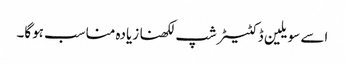
اسے سویلین ڈکٹیٹرشپ لکھنا زیادہ مناسب ہوگا۔